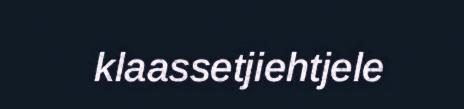
klaassetjiehtjele